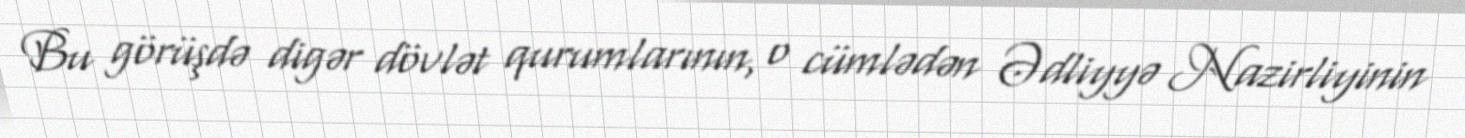
Bu görüşdə digər dövlət qurumlarının, o cümlədən Ədliyyə Nazirliyinin